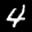
Label: 4